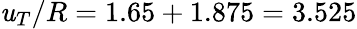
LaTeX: \mathit{u}_{T}/R=1.65+1.875=3.525